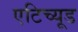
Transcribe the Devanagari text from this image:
एटिच्यूड